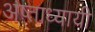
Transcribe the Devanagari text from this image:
अष्ताध्यायी